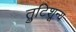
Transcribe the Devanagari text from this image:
त्रुटिशून्य